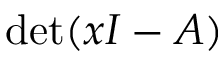
\det ( x I - A )